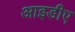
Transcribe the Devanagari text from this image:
आइडीए